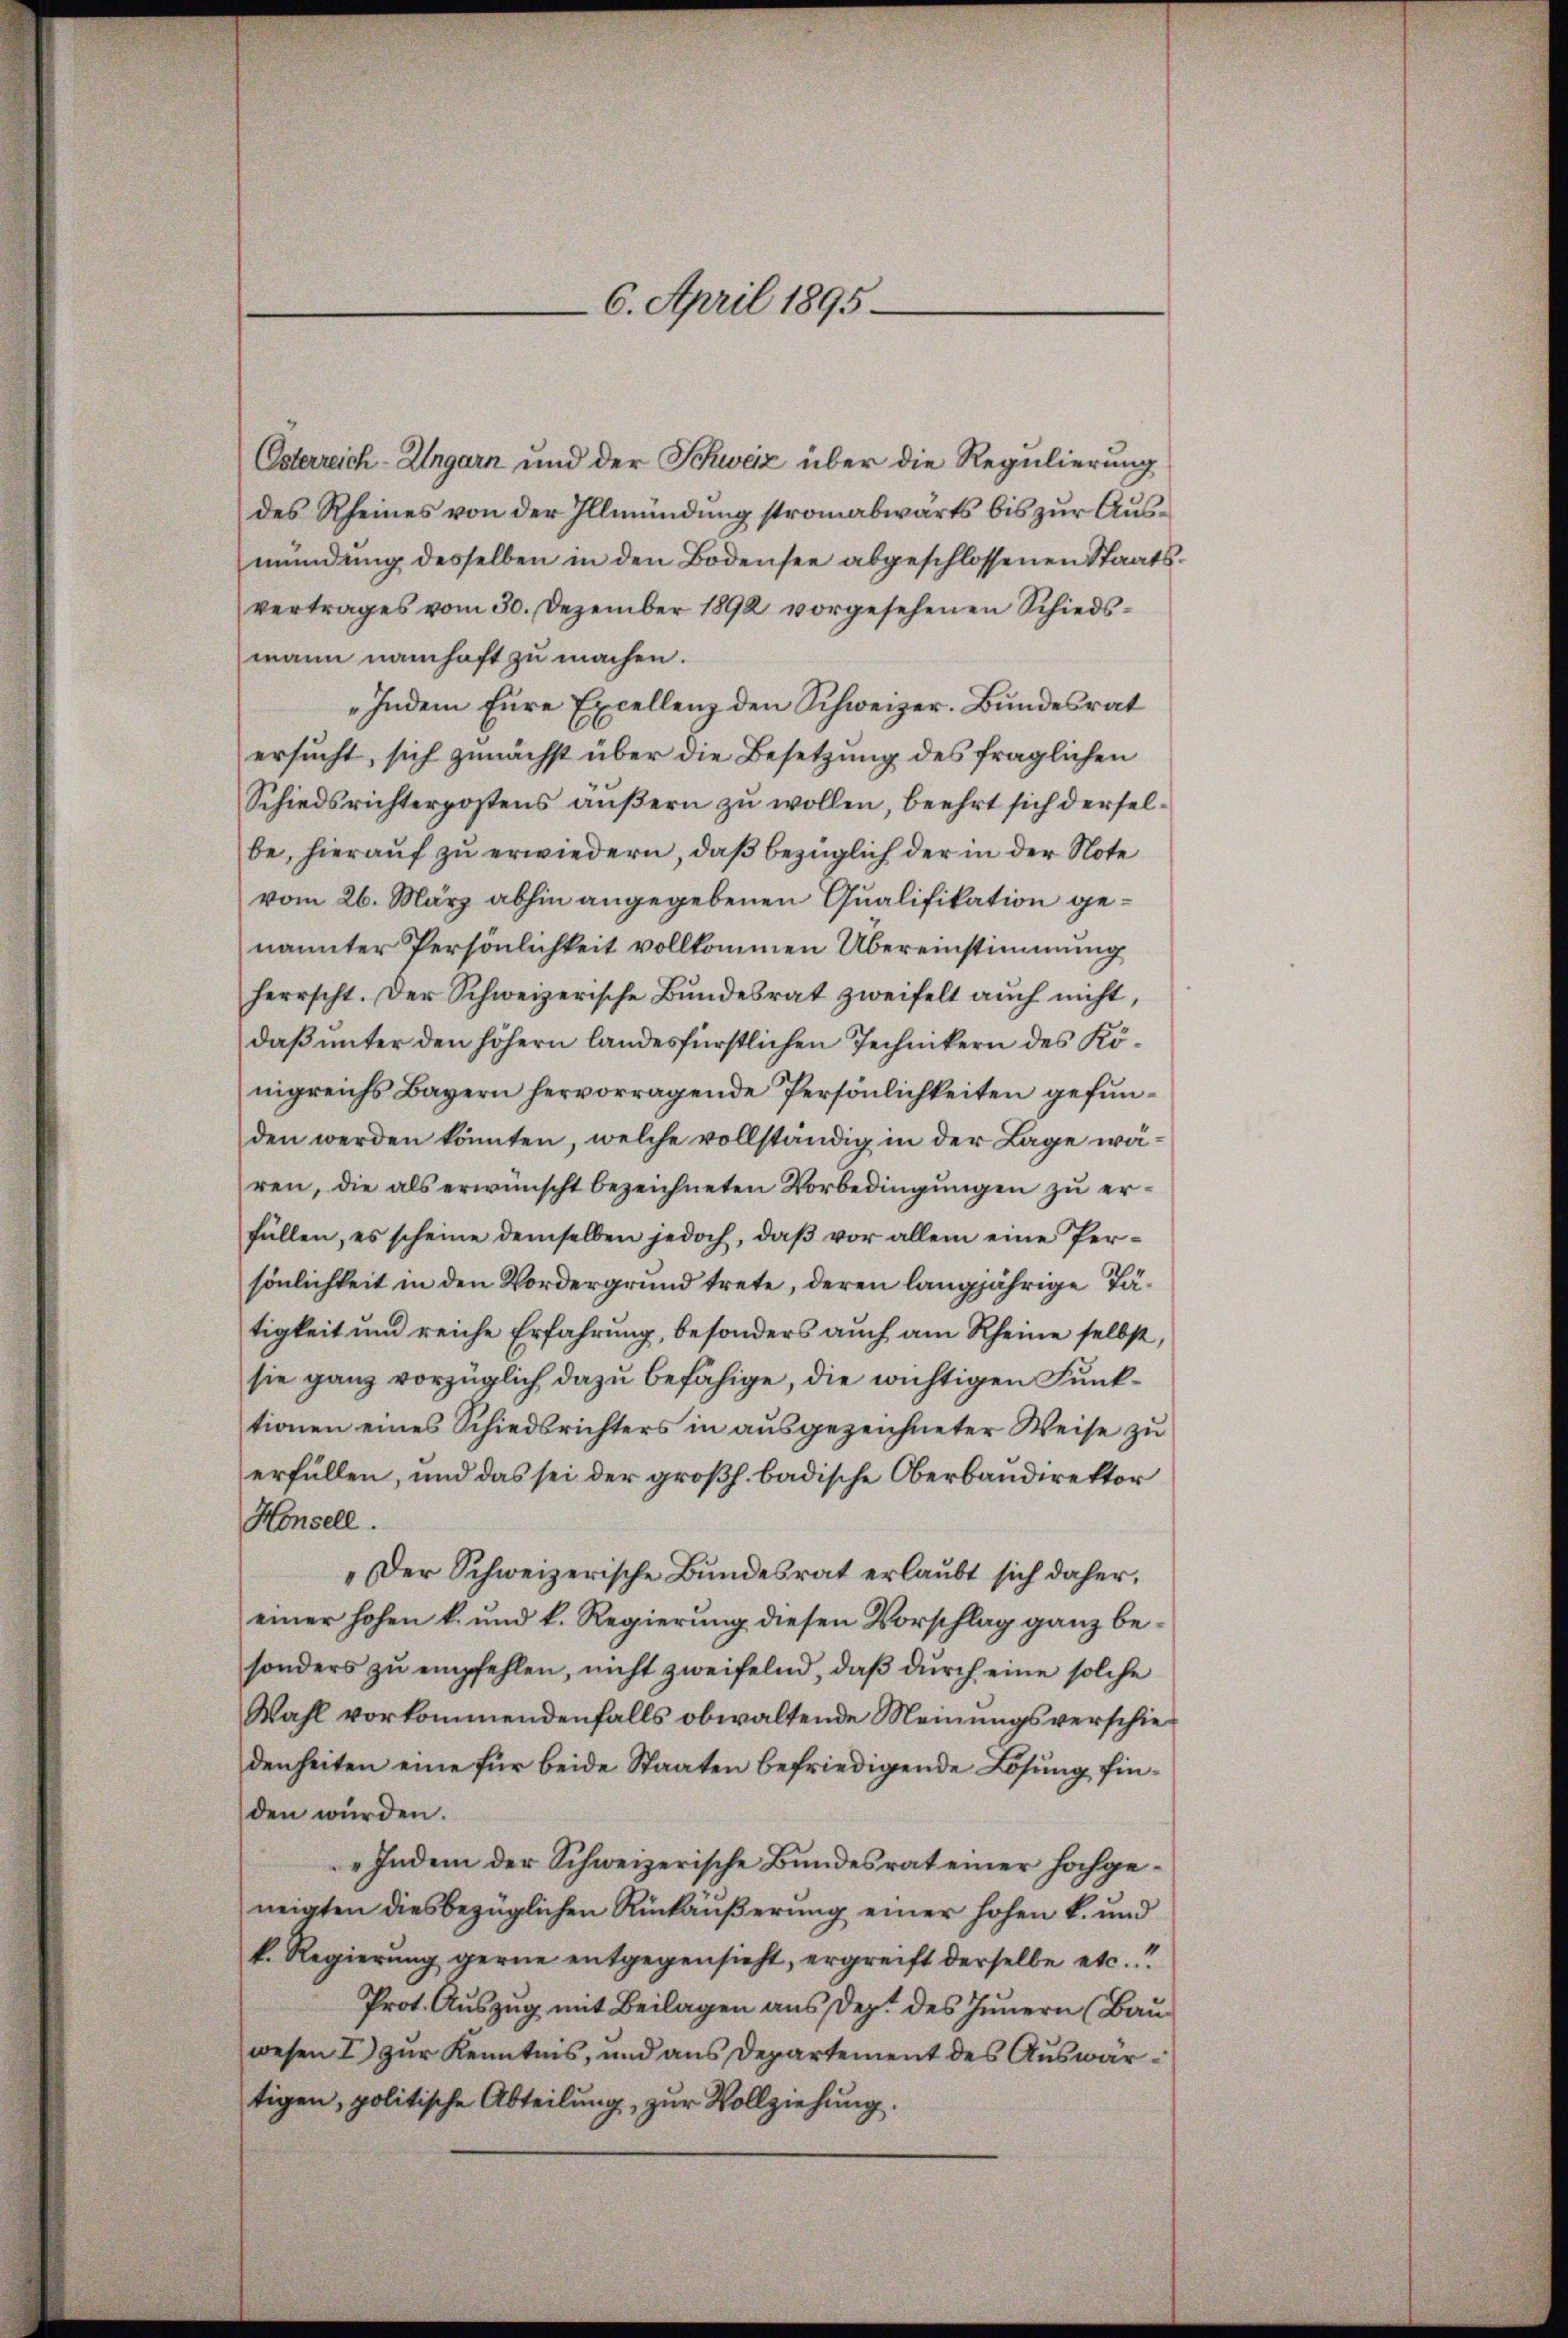
Osterreich-Ungarn und der Schweiz über die Regulierung
des Rheines von der Illmündung stromabwärts bis zur Ausmündŭng desselben in den Bodensee abgeschlossenen Staats-
vertrages vom 30. Dezember 1892 vorgesehenen Schiedswann namhaft zu machen.
„Indem Eure Excellenz den Schweizer. Bundesrat
ersucht, sich zunächst über die Besetzung des fraglichen
Schiedsrichterpostens äußern zu wollen, beehrt sich derselbe, hierauf zu erwiedern, daß bezüglich der in der Note
vom 26. März abhin angegebenen Qualifikation genannter Persönlichkeit vollkommen Übereinstimmung
herrscht. Der Schweizerische Bundesrat zweifelt auch nicht,
daß unter den höhern landesfürstlichen Technikern des Königreichs Bayern hervorragende Persönlichkeiten gefunden werden könnten, welche vollständig in der Lage waren, die als erwünscht bezeichneten Vorbedingungen zu erfüllen, es scheine demselben jedoch, daβ vor allem eine Per-
sönlichkeit in den Vordergrund trete, deren langjährige Tätigkeit und reiche Erfahrung, besonders auch am Rheine selbst,
sie ganz vorzüglich dazu befähige, die wichtigen Funktionen eines Schiedsrichters in ausgezeichneter Weise zu
erfüllen, und das sei der großh. badische Oberbaudirektor
Hensell.
„Der Schweizerische Bundesrat erlaubt sich daher,
einer hohen k. und k. Regierung diesen Vorschlag ganz besonders zŭ empfehlen, nicht zweifelnd, daβ dŭrch eine solche
Wahl vorkommendenfalls obwaltende Meinungsverschiedenheiten eine für beide Staaten befriedigende Lösung finden würden.
„Indem der Schweizerische Bundesrat einer hochgeneigten diesbezüglichen Rückäußerung einer hohen k. und
k. Regierŭng gerne entgegensicht, ergreift derselbe etc.“
Prot. Auszug mit Beilagen aus Dez. des Innern (Bau
wesen I zur Kenntnis, und aus Departement des Auswartigen, politische Abteilung, zur Vollziehung.

6. April 1895.